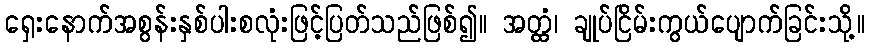
ရှေးနောက်အစွန်းနှစ်ပါးစလုံးဖြင့်ပြတ်သည်ဖြစ်၍။ အတ္ထံ၊ ချုပ်ငြိမ်းကွယ်ပျောက်ခြင်းသို့။